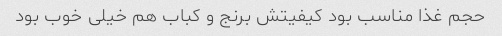
حجم غذا مناسب بود کیفیتش برنج و کباب هم خیلی خوب بود